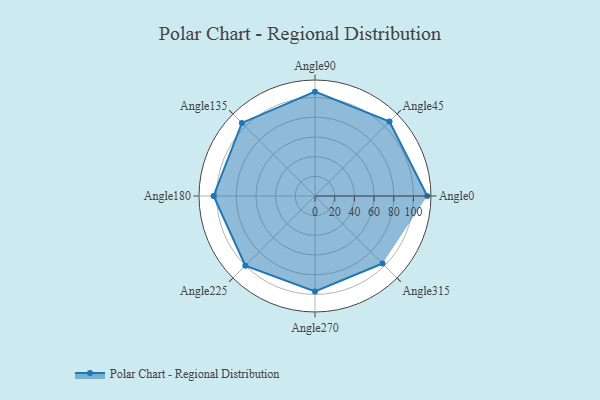
{"axis": {"x": "Angle", "y": "Radius"}, "legend": [""], "data": [{"x": "Angle0", "y": 114.0, "type": ""}, {"x": "Angle45", "y": 107.0, "type": ""}, {"x": "Angle90", "y": 106.0, "type": ""}, {"x": "Angle135", "y": 105.0, "type": ""}, {"x": "Angle180", "y": 103.0, "type": ""}, {"x": "Angle225", "y": 100.0, "type": ""}, {"x": "Angle270", "y": 97.0, "type": ""}, {"x": "Angle315", "y": 97.0, "type": ""}]}